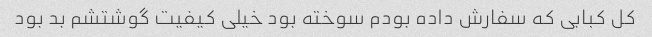
کل کبابی که سفارش داده بودم سوخته بود خیلی کیفیت گوشتشم بد بود